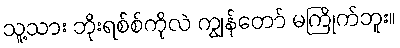
သူ့သား ဘိုးရစ်စ်ကိုလဲ ကျွန်တော် မကြိုက်ဘူး။